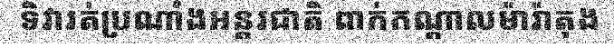
ទិវារត់ប្រណាំងអន្តរជាតិ ពាក់កណ្តាលម៉ារ៉ាតុង